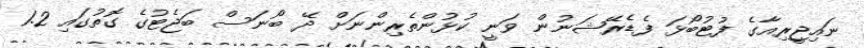
ނައިޖީރިއާގެ ފުޓުބޯޅަ ފެޑެރޭޝަނުން ވަނީ ކުޅުންތެރިންނަށް ދޭ ބޯނަސް ބަޖެޓުގެ ގޮތުގައި 1.2